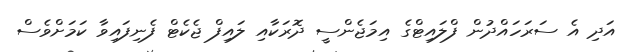
އަދި އެ ސަރަހައްދުން ފްލައިޓްގެ އިމަޖެންސީ ދޮރަކާއި ލައިފް ޖެކެޓް ފެނިފައިވާ ކަމަށްވެސް